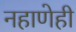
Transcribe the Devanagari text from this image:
नहाणेही